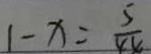
1 - x = \frac { 5 } { 4 4 }